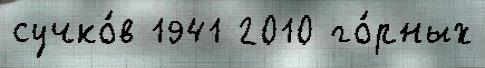
сучко́в 1941 2010 го́рных